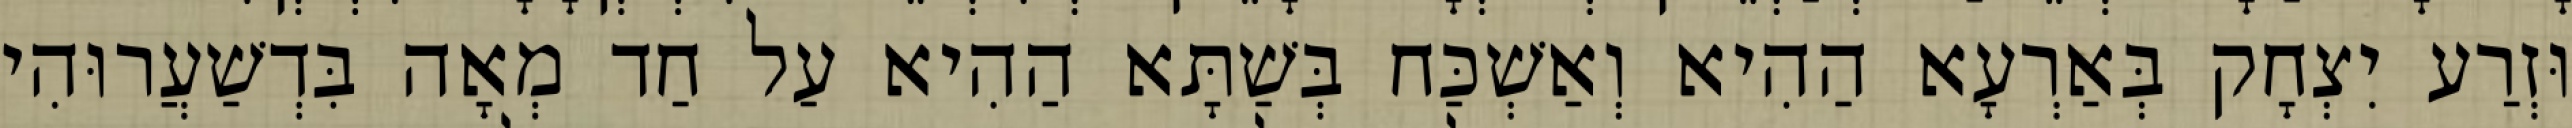
וּזְרַע יִצְחָק בְּאַרְעָא הַהִיא וְאַשְׁכַּח בְּשַׁתָּא הַהִיא עַל חַד מְאָה בִּדְשַׁעֲרוּהִי